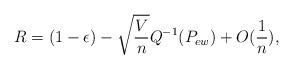
LaTeX: \begin{align*}R=(1-\epsilon)-\sqrt{\frac{V}{n}} Q^{-1}(P_{ew})+O(\frac{1}{n}),\end{align*}